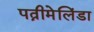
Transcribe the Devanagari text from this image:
पत्नीमेलिंडा